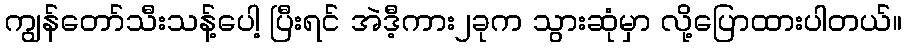
ကျွန်တော်သီးသန့်ပေါ့ ပြီးရင် အဲဒီ့ကား၂ခုက သွားဆုံမှာ လို့ပြောထားပါတယ်။